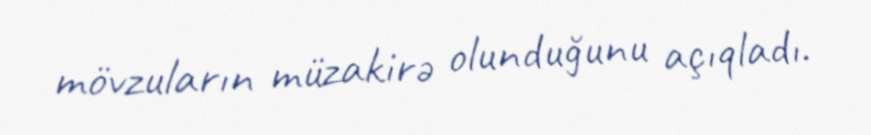
mövzuların müzakirə olunduğunu açıqladı.